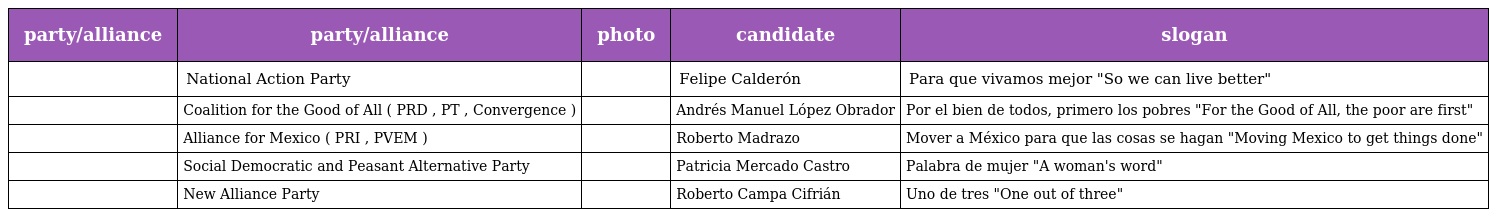
| party/alliance | party/alliance | photo | candidate | slogan |
 | --- | --- | --- | --- | --- |
 |  | National Action Party |  | Felipe Calderón | Para que vivamos mejor "So we can live better" |
 |  | Coalition for the Good of All ( PRD , PT , Convergence ) |  | Andrés Manuel López Obrador | Por el bien de todos, primero los pobres "For the Good of All, the poor are first" |
 |  | Alliance for Mexico ( PRI , PVEM ) |  | Roberto Madrazo | Mover a México para que las cosas se hagan "Moving Mexico to get things done" |
 |  | Social Democratic and Peasant Alternative Party |  | Patricia Mercado Castro | Palabra de mujer "A woman's word" |
 |  | New Alliance Party |  | Roberto Campa Cifrián | Uno de tres "One out of three" |